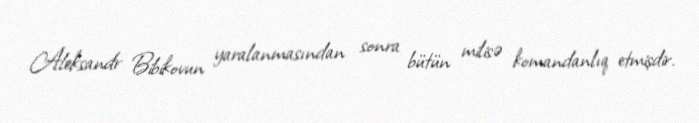
Aleksandr Bibikovun yaralanmasından sonra bütün milisə komandanlıq etmişdir.